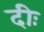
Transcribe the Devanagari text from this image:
दीः